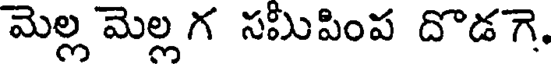
మెల్ల మెల్ల గ సమీపింప దొడగె,